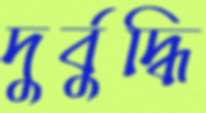
দুর্বুদ্ধি